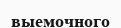
выемочного